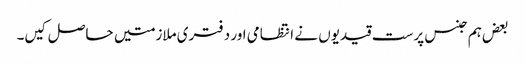
بعض ہم جنس پرست قیدیوں نے انتظامی اور دفتری ملازمتیں حاصل کیں۔